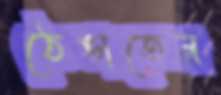
ঠেঙাতেন